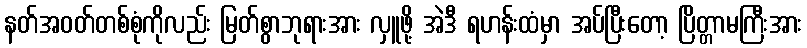
နတ်အဝတ်တစ်စုံကိုလည်း မြတ်စွာဘုရားအား လှူဖို့ အဲဒီ ရဟန်းထံမှာ အပ်ပြီးတော့ ပြိတ္တာမကြီးအား